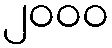
၂၀၀၀